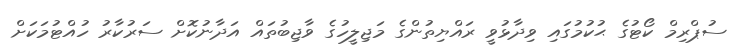
ސުޕްރިމް ކޯޓުގެ ޙުކުމުގައި ވިދާޅުވީ ރައްޔިތުންގެ މަޖިލީހުގެ ވާޖިބުތައް އަދާނުކޮށް ސަރުކާރު ހުއްޓުމަކަށް